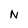
Character: N